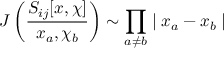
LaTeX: J \left( \frac { S _ { i j } [ x , \chi ] } { x _ { a } , \chi _ { b } } \right) \sim \prod _ { a \neq b } \mid x _ { a } - x _ { b } \mid